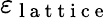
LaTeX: \varepsilon_{\mathrm{~l~a~t~t~i~c~e~}}